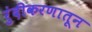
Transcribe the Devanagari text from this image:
रुंदीकरणातून